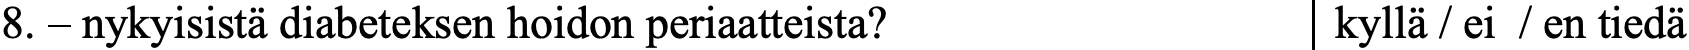
8. – nykyisistä diabeteksen hoidon periaatteista? kyllä / ei / en tiedä